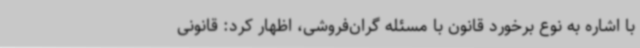
با اشاره به نوع برخورد قانون با مسئله گران‌فروشی، اظهار کرد: قانونی